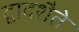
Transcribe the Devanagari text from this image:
द्वादशैते